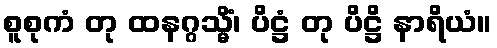
စူစုကံ တု ထနဂ္ဂသ္မိံ၊ ပိဋ္ဌံ တု ပိဋ္ဌိ နာရိယံ။